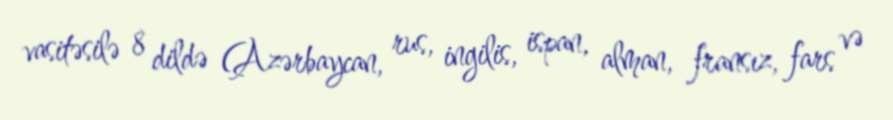
vasitəsilə 8 dildə (Azərbaycan, rus, ingilis, ispan, alman, fransız, fars və